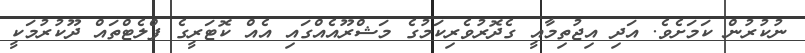
ނުކުރުން ކަމަށެވެ. އަދި އިޖުތިމާއީ ގެދޮރުވެރިކަމުގެ މަޝްރޫއެއްގައި އެއް ކޮޓަރީގެ ފްލެޓްތައް ދޫކުރުމަކީ